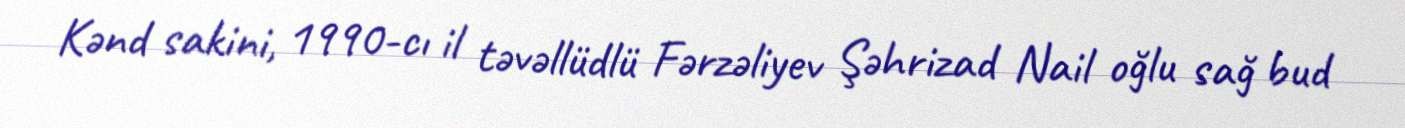
Kənd sakini, 1990-cı il təvəllüdlü Fərzəliyev Şəhrizad Nail oğlu sağ bud